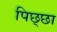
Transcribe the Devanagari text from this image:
पिछ्छा